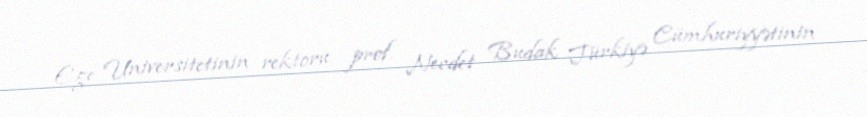
Ege Universitetinin rektoru prof. Necdet Budak Türkiyə Cümhuriyyətinin